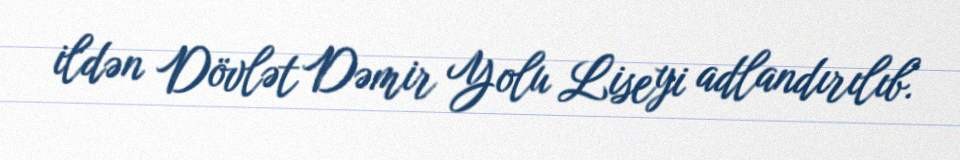
ildən Dövlət Dəmir Yolu Liseyi adlandırılıb.